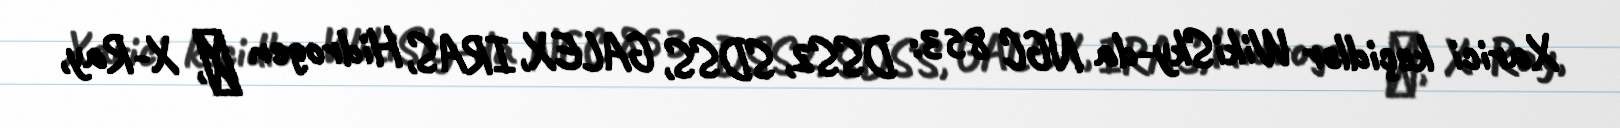
Xarici keçidlər WikiSky-da NGC 853: DSS2, SDSS, GALEX, IRAS, Hidrogen α, X-Ray,